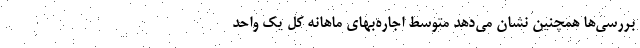
بررسی‌‌ها همچنین نشان می‌‌دهد متوسط اجاره‌‌بهای ماهانه کل یک واحد